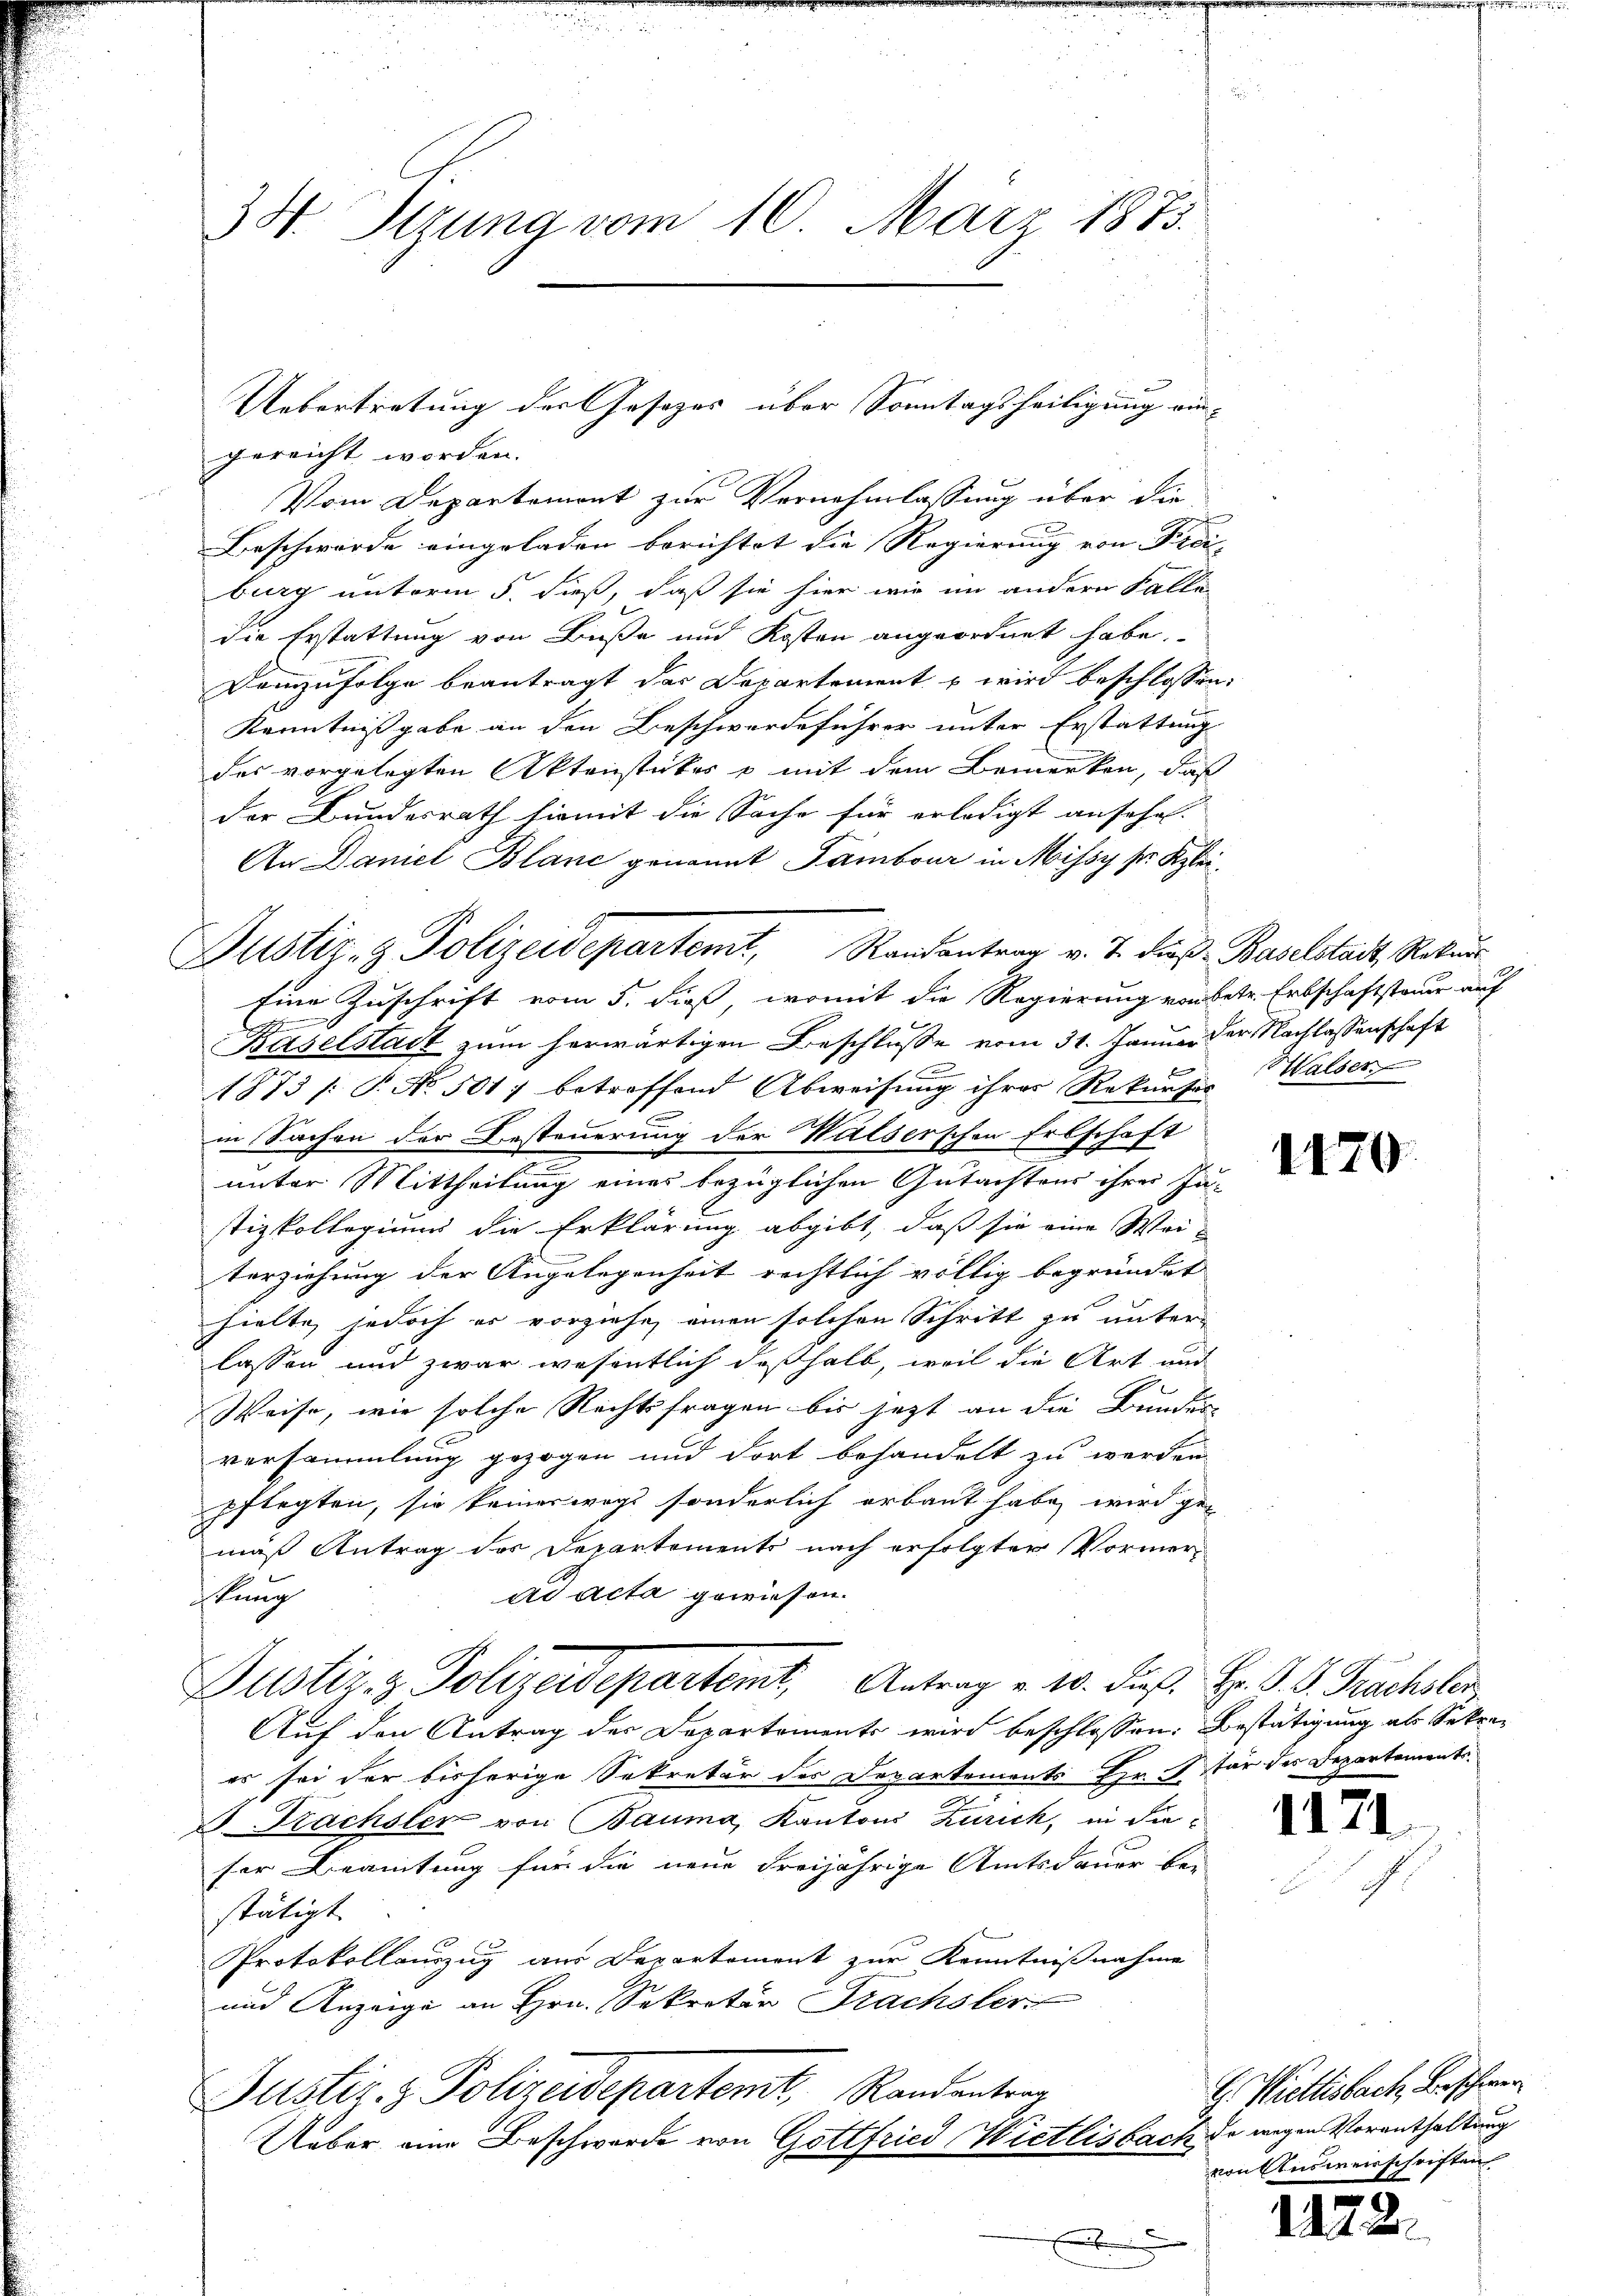
3 S. Itzung vom 10. März 1873.

gereicht worden.
Vom Departemont zur Vernehmlassung über die
Beschwörde eingeladen berichtet die Regierung von Preis- |
burg unterm 5. dieß, daß sie hier wie im andern Falle
die Erstattung von Buße und Kosten angeordnet habe.
Demzufolge beantragt das Departement u wird beschlossen:
Kenntnißgabe an den Beschwerdeführer unter Erstattung
das vorgelegten Aktenstückes o mit dem Bemerken, daß
der Bundesrath hiemit die Sache für erledigt ansehen.
An Daniel Blanc genannt Tambour in Missy ser Klei¬
Eine Zuschrift vom 5. dieß, womit die Regierung von betr. Erbschaftsteuer auf
Baselstadt zum herwärtigen Beschlüsse vom 31. Januar der Nachlassenschaft
873 /: P. No 501 betreffend Abweisung ihrer Rekurs Halser
n
in Sachen der Besteuerung der Walserschen Erbschaft
unter Mittheilung eines bezüglichen Gutachtens ihrer Ju-
stizkollegium die Erklärung abgibt, daß sie eine Wei-
terziehung der Angelegenheit rechtlich völlig begründet |
hielte, jedoch er vorziehe, einen solchen Schritt zu unter-
lassen und zwar wesentlich deßhalb, weil die Art und
Weise, wie solche Rechtsfragen bis jezt an die Bundere
versammlung gezogen und dort behandelt zu werden.
pflegten, sie keineswegs sonderlich erbaut habe, wird ge-
mäß Antrag der Departements nach erfolgter Vormerad acta gewiesen.
ftung
Justiz- & Polizeidepartemt, Antrag u. 20. Fuß. Hr. P. G. Brachsler,
Auf den Antrag der Departements wird beschlossen: Bestätigung als Sekrees sei der bisherige Sekretär des Departements Hr. Für des Departement.
. Sächster von Bauma, Kantons Zürich, in dieser Beamtung für die neue Freijährige Amtsdauer be-
stätigt.
Protokollauszug aus Departement zur Kenntnißnahme
und Anzeige an Hrn. Sekretär Frachsler
Justiz- & Polizeidepartemt, Randentrag
Ueber eine Beschwerde von Gottfried Wietlisbach da wegen Vorenthaltung

Uebertretung der Gesetzes über Sonntagsheiligung ein¬

Justiz- & Polizeidepartemt, Randantrag v. J. Fies. Baselstadt, Rekurs

b

1170.

112

G. Wietlisbach Beschwer
von Ausweisschriften.

14